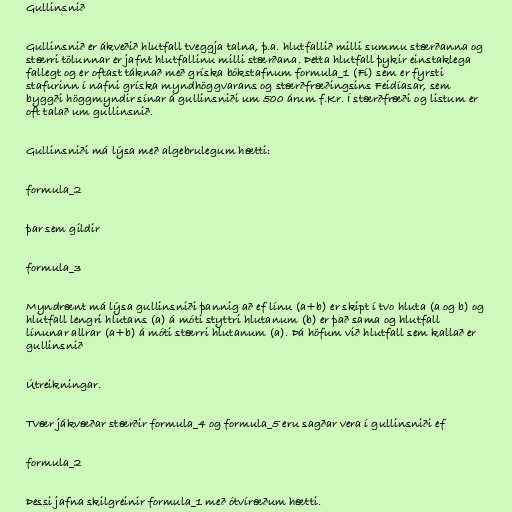
Gullinsnið

Gullinsnið er ákveðið hlutfall tveggja talna, þ.a. hlutfallið milli summu stærðanna og
stærri tölunnar er jafnt hlutfallinu milli stærðana. Þetta hlutfall þykir einstaklega
fallegt og er oftast táknað með gríska bókstafnum formula_1 (Fí) sem er fyrsti
stafurinn í nafni gríska myndhöggvarans og stærðfræðingsins Feidíasar, sem
byggði höggmyndir sínar á gullinsniði um 500 árum f.Kr. Í stærðfræði og listum er
oft talað um gullinsnið.

Gullinsniði má lýsa með algebrulegum hætti:

formula_2

þar sem gildir

formula_3

Myndrænt má lýsa gullinsniði þannig að ef línu (a+b) er skipt í tvo hluta (a og b) og
hlutfall lengri hlutans (a) á móti styttri hlutanum (b) er það sama og hlutfall
línunar allrar (a+b) á móti stærri hlutanum (a). Þá höfum við hlutfall sem kallað er
gullinsnið

Útreikningar.

Tvær jákvæðar stærðir formula_4 og formula_5 eru sagðar vera í gullinsniði ef

formula_2

Þessi jafna skilgreinir formula_1 með ótvíræðum hætti.